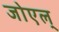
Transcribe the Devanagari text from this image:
जोएल्‌